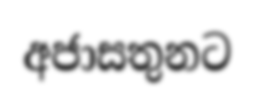
අජාසතුනට